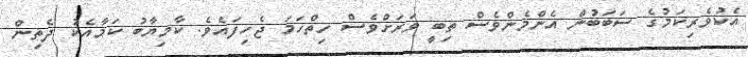
އެކުވެރިކަމުގެ ސަބަބުން އެންމެންވެސް ތިބީ ވަރަށްވެސް ހިތްހަމަ ޖެހިފައެވެ. ކާމިޔާބު ކަމާއެކު ދެތިން